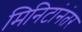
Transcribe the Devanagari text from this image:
मिनिटांनंतर